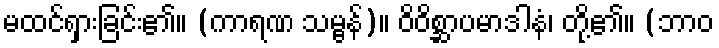
မထင်ရှားခြင်း၏။ (ကာရဏ သမ္ဗန်)။ ဝိဝိစ္ဆာပမာဒါနံ၊ တို့၏။ (ဘာဝ